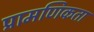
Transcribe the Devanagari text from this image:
प्रामणिकता